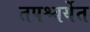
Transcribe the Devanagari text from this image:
तपश्चर्येत